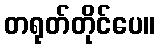
တရုတ်တိုင်ပေ။